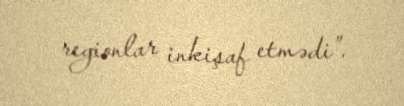
regionlar inkişaf etmədi”.